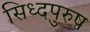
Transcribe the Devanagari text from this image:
सिध्दपुरुष